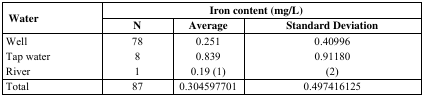
| <ROWSPAN=2> Water | <COLSPAN=3> Iron content (mg/L) |
 | N | Average | Standard Deviation |
 | --- | --- | --- | --- |
 | Well | 78 | 0.251 | 0.40996 |
 | Tap water | 8 | 0.839 | 0.91180 |
 | River | 1 | 0.19 (1) | (2) |
 | Total | 87 | 0.304597701 | 0.497416125 |